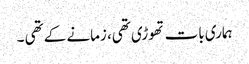
ہماری بات تھوڑی تھی، زمانے کے تھی ۔